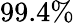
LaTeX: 99.4\%